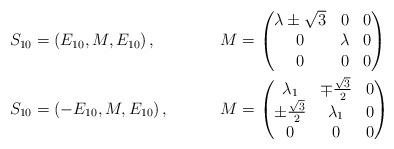
LaTeX: \begin{align*} S_{10}&=\left(E_{10},M, E_{10}\right), & M&=\begin{pmatrix}\lambda\pm\sqrt{3} & 0 & 0 \\ 0 & \lambda & 0 \\ 0 & 0 & 0 \end{pmatrix}&\\ S_{10}&=\left(-E_{10},M, E_{10}\right), & M&=\begin{pmatrix}\lambda_1 & \mp\frac{\sqrt 3}{2}& 0 \\ \pm\frac{\sqrt 3}{2} & \lambda_1 & 0 \\ 0 & 0 & 0 \end{pmatrix}\end{align*}